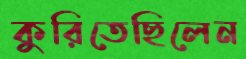
কুরিতেছিলেন